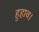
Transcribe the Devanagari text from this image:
हुहाव।